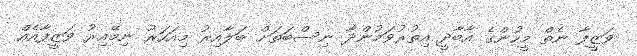
ވަޒީފާ ނެތް މީހުންގެ އާބާދީ އިތުރުވަމުންދާ ނިސްބަތަށް ބަލާއިރު މިއަހަރު ނިމޭއިރު ވަޒީފާއެއް